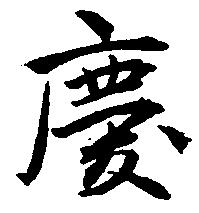
慶